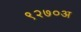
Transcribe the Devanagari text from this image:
९२७०अ